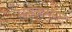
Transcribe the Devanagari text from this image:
मनेजमेन्ट